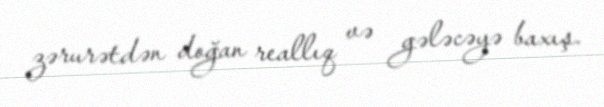
zərurətdən doğan reallıq və gələcəyə baxış.